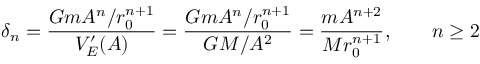
\delta _ { n } = { \frac { G m A ^ { n } / r _ { 0 } ^ { n + 1 } } { V _ { E } ^ { \prime } ( A ) } } = { \frac { G m A ^ { n } / r _ { 0 } ^ { n + 1 } } { G M / A ^ { 2 } } } = { \frac { m A ^ { n + 2 } } { M r _ { 0 } ^ { n + 1 } } } , \qquad n \geq 2